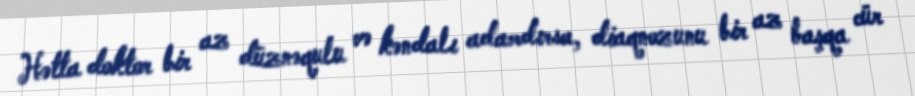
Hətta doktor bir az düznəqulu və kəndalı adamdırsa, diaqnozunu bir az başqa cür